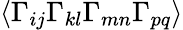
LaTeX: \langle\Gamma_{ij}\Gamma_{kl}\Gamma_{mn}\Gamma_{pq}\rangle